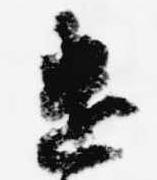
遣